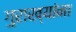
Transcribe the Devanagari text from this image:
गुराख्यांना